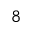
8